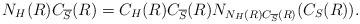
LaTeX: \begin{align*}N_H(R)C_{\overline{S}}(R) = C_H(R)C_{\overline{S}}(R)N_{N_H(R)C_{\overline{S}}(R)}(C_S(R)).\end{align*}